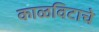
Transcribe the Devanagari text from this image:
काळविटाचे